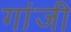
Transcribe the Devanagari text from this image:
गांजी